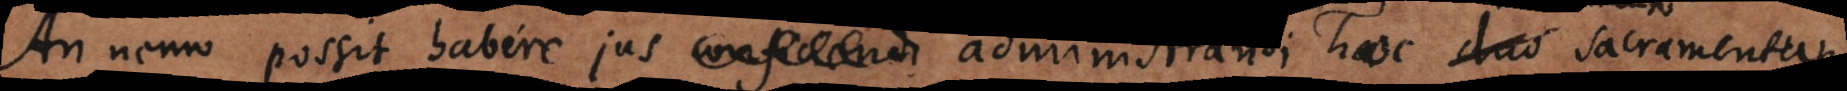
An nemo possit habere jus conficiendi administrandi valide hoc sacramentum